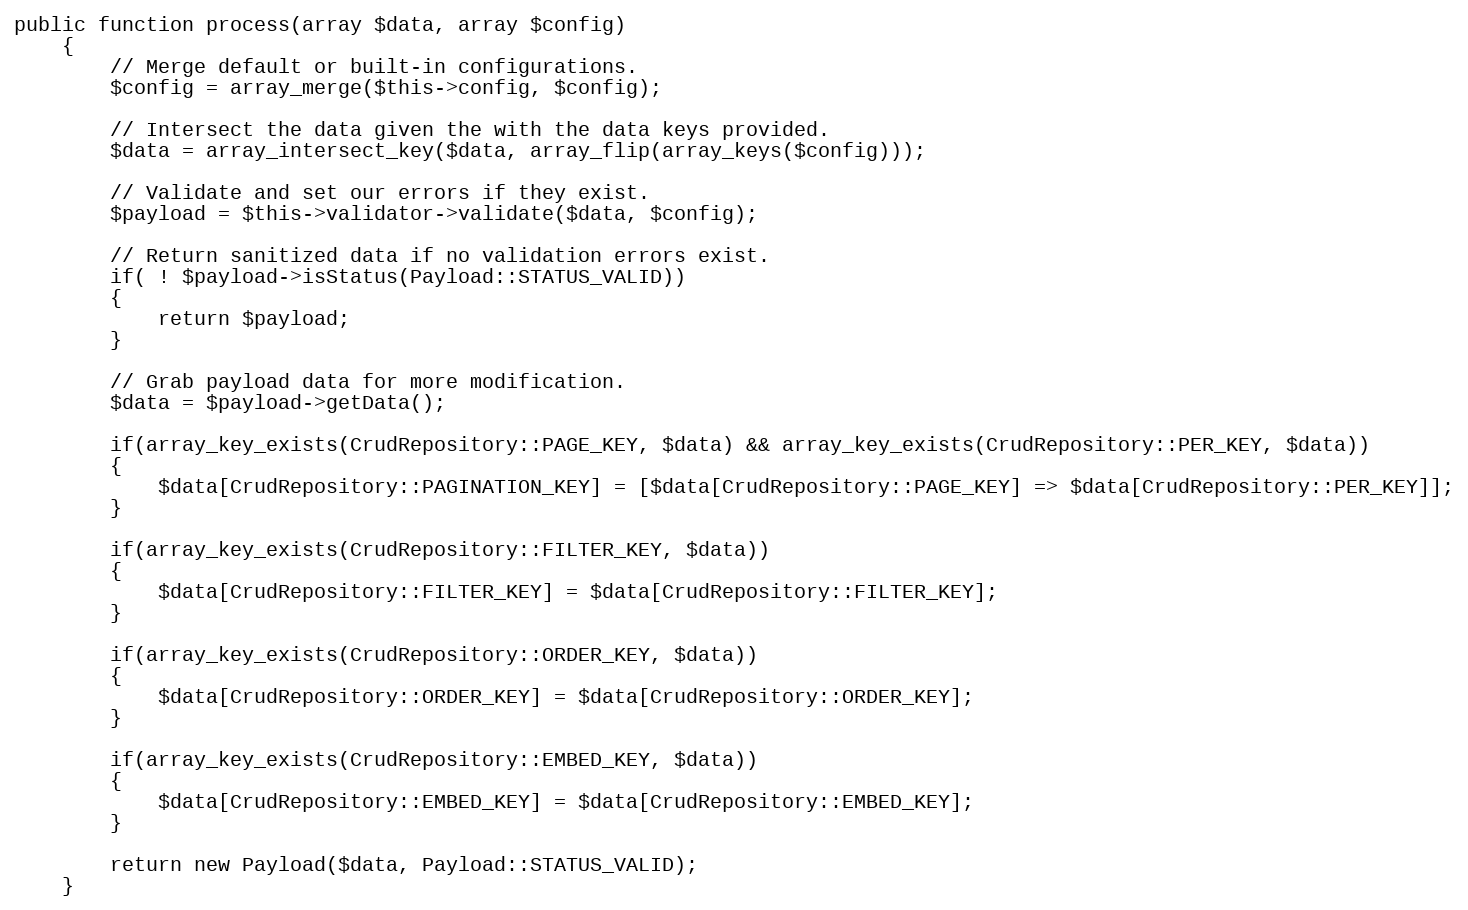
Language: PHP
public function process(array $data, array $config)
	{
		// Merge default or built-in configurations.
		$config = array_merge($this->config, $config);

		// Intersect the data given the with the data keys provided.
		$data = array_intersect_key($data, array_flip(array_keys($config)));

		// Validate and set our errors if they exist.
		$payload = $this->validator->validate($data, $config);

		// Return sanitized data if no validation errors exist.
		if( ! $payload->isStatus(Payload::STATUS_VALID))
		{
			return $payload;
		}

		// Grab payload data for more modification.
		$data = $payload->getData();

		if(array_key_exists(CrudRepository::PAGE_KEY, $data) && array_key_exists(CrudRepository::PER_KEY, $data))
		{
			$data[CrudRepository::PAGINATION_KEY] = [$data[CrudRepository::PAGE_KEY] => $data[CrudRepository::PER_KEY]];
		}

		if(array_key_exists(CrudRepository::FILTER_KEY, $data))
		{
			$data[CrudRepository::FILTER_KEY] = $data[CrudRepository::FILTER_KEY];
		}

		if(array_key_exists(CrudRepository::ORDER_KEY, $data))
		{
			$data[CrudRepository::ORDER_KEY] = $data[CrudRepository::ORDER_KEY];
		}

		if(array_key_exists(CrudRepository::EMBED_KEY, $data))
		{
			$data[CrudRepository::EMBED_KEY] = $data[CrudRepository::EMBED_KEY];
		}

		return new Payload($data, Payload::STATUS_VALID);
	}